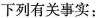
下列有关事实：